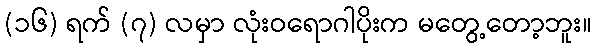
(၁၆) ရက် (၇) လမှာ လုံးဝရောဂါပိုးက မတွေ့တော့ဘူး။